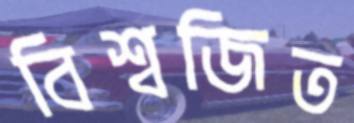
বিশ্বজিত